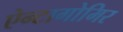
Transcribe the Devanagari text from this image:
ऐन्टागोमिर